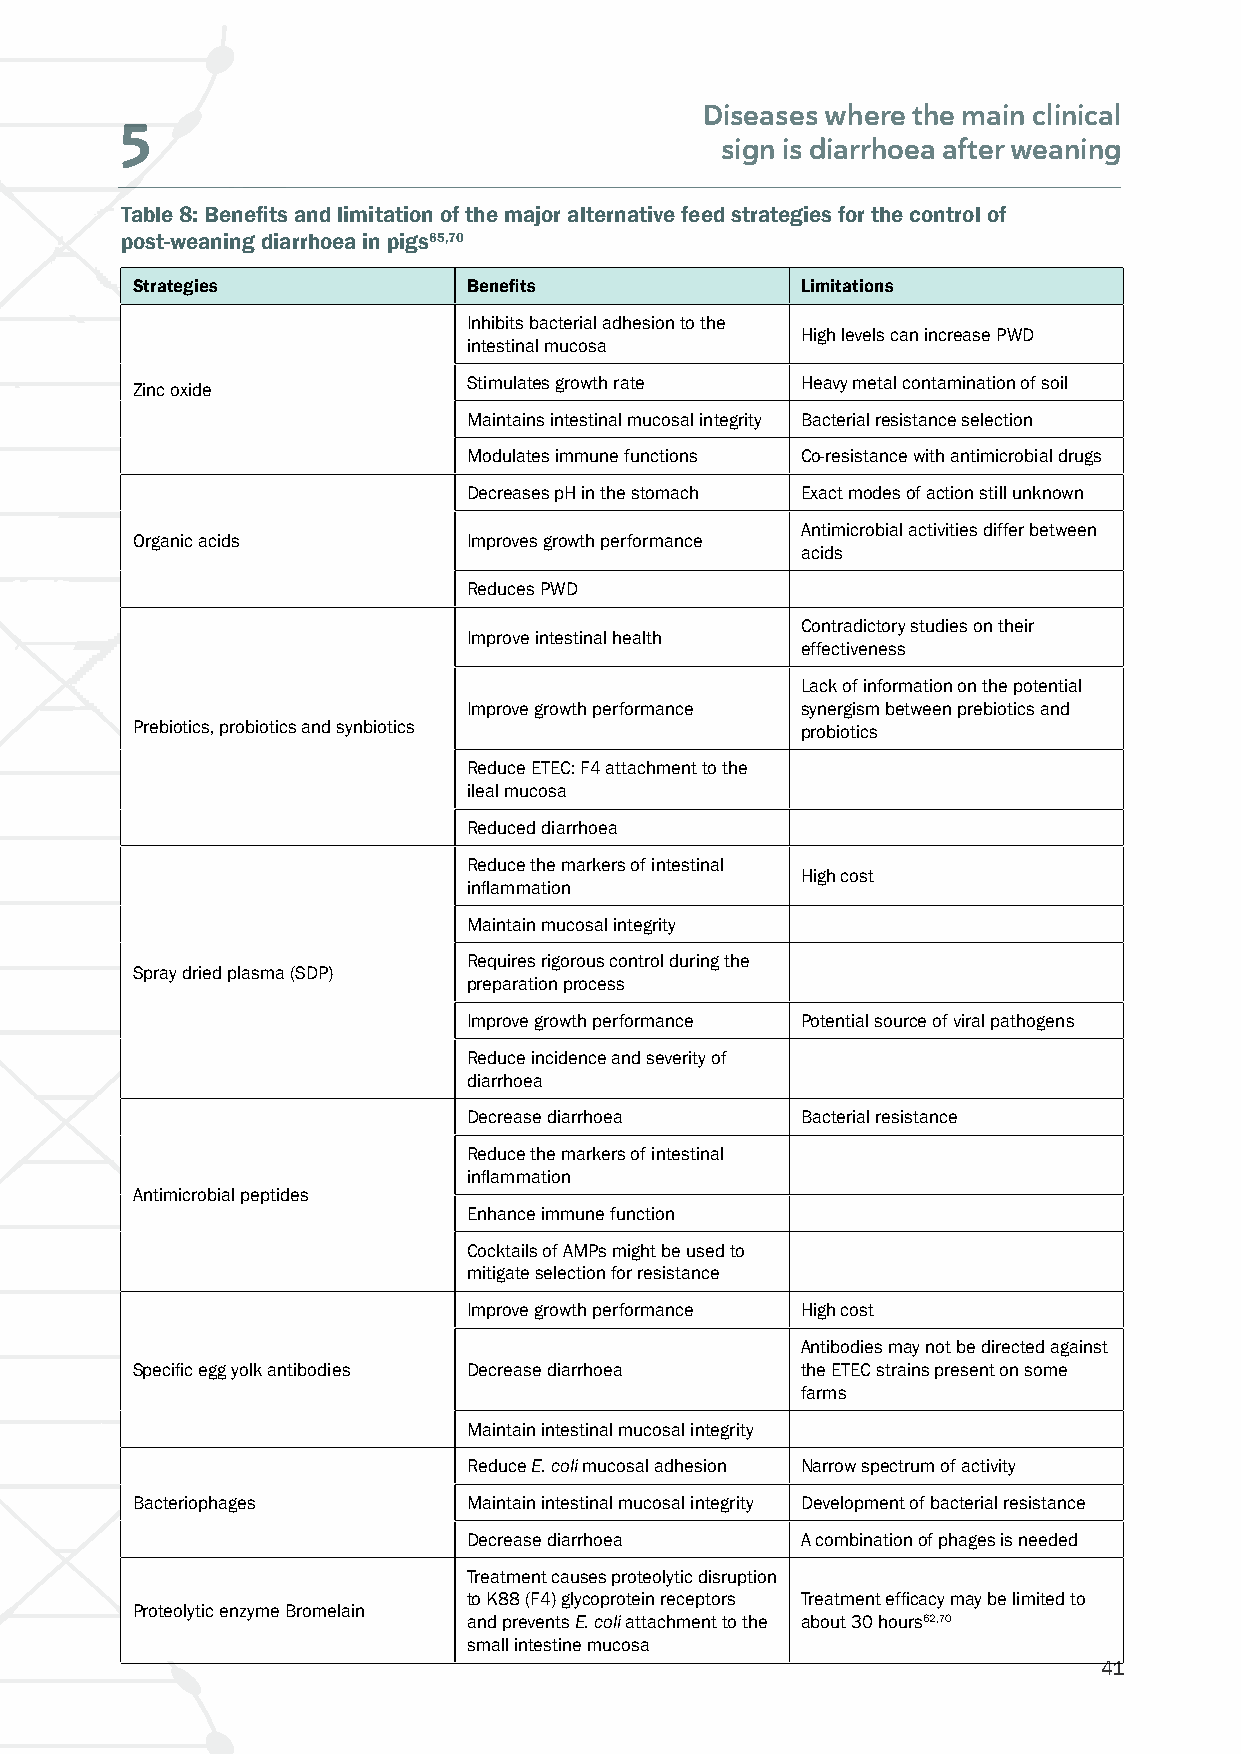
Diseases where the main clinical
 5
 sign is diarrhoea after weaning
 Table 8: Benefits and limitation of the major alternative feed strategies for the control of
 post-weaning diarrhoea in pigs65,70
 Strategies            Benefits              Limitations
 Inhibits bacterial adhesion to the
 High levels can increase PWD
 intestinal mucosa
 Stimulates growth rate Heavy metal contamination of soil
 Zinc oxide
 Maintains intestinal mucosal integrity Bacterial resistance selection
 Modulates immune functions Co-resistance with antimicrobial drugs
 Decreases pH in the stomach Exact modes of action still unknown
 Antimicrobial activities differ between
 Organic acids         Improves growth performance
 acids
 Reduces PWD
 Contradictory studies on their
 Improve intestinal health
 effectiveness
 Lack of information on the potential
 Improve growth performance synergism between prebiotics and
 Prebiotics, probiotics and synbiotics       probiotics
 Reduce ETEC: F4 attachment to the
 ileal mucosa
 Reduced diarrhoea
 Reduce the markers of intestinal
 High cost
 inflammation
 Maintain mucosal integrity
 Requires rigorous control during the
 Spray dried plasma (SDP)
 preparation process
 Improve growth performance Potential source of viral pathogens
 Reduce incidence and severity of
 diarrhoea
 Decrease diarrhoea    Bacterial resistance
 Reduce the markers of intestinal
 inflammation
 Antimicrobial peptides
 Enhance immune function
 Cocktails of AMPs might be used to
 mitigate selection for resistance
 Improve growth performance High cost
 Antibodies may not be directed against
 Specific egg yolk antibodies Decrease diarrhoea the ETEC strains present on some
 farms
 Maintain intestinal mucosal integrity
 Reduce E. coli mucosal adhesion Narrow spectrum of activity
 Bacteriophages        Maintain intestinal mucosal integrity Development of bacterial resistance
 Decrease diarrhoea    A combination of phages is needed
 Treatment causes proteolytic disruption
 to K88 (F4) glycoprotein receptors Treatment efficacy may be limited to
 Proteolytic enzyme Bromelain
 and prevents E. coli attachment to the about 30 hours62,70
 small intestine mucosa
 41